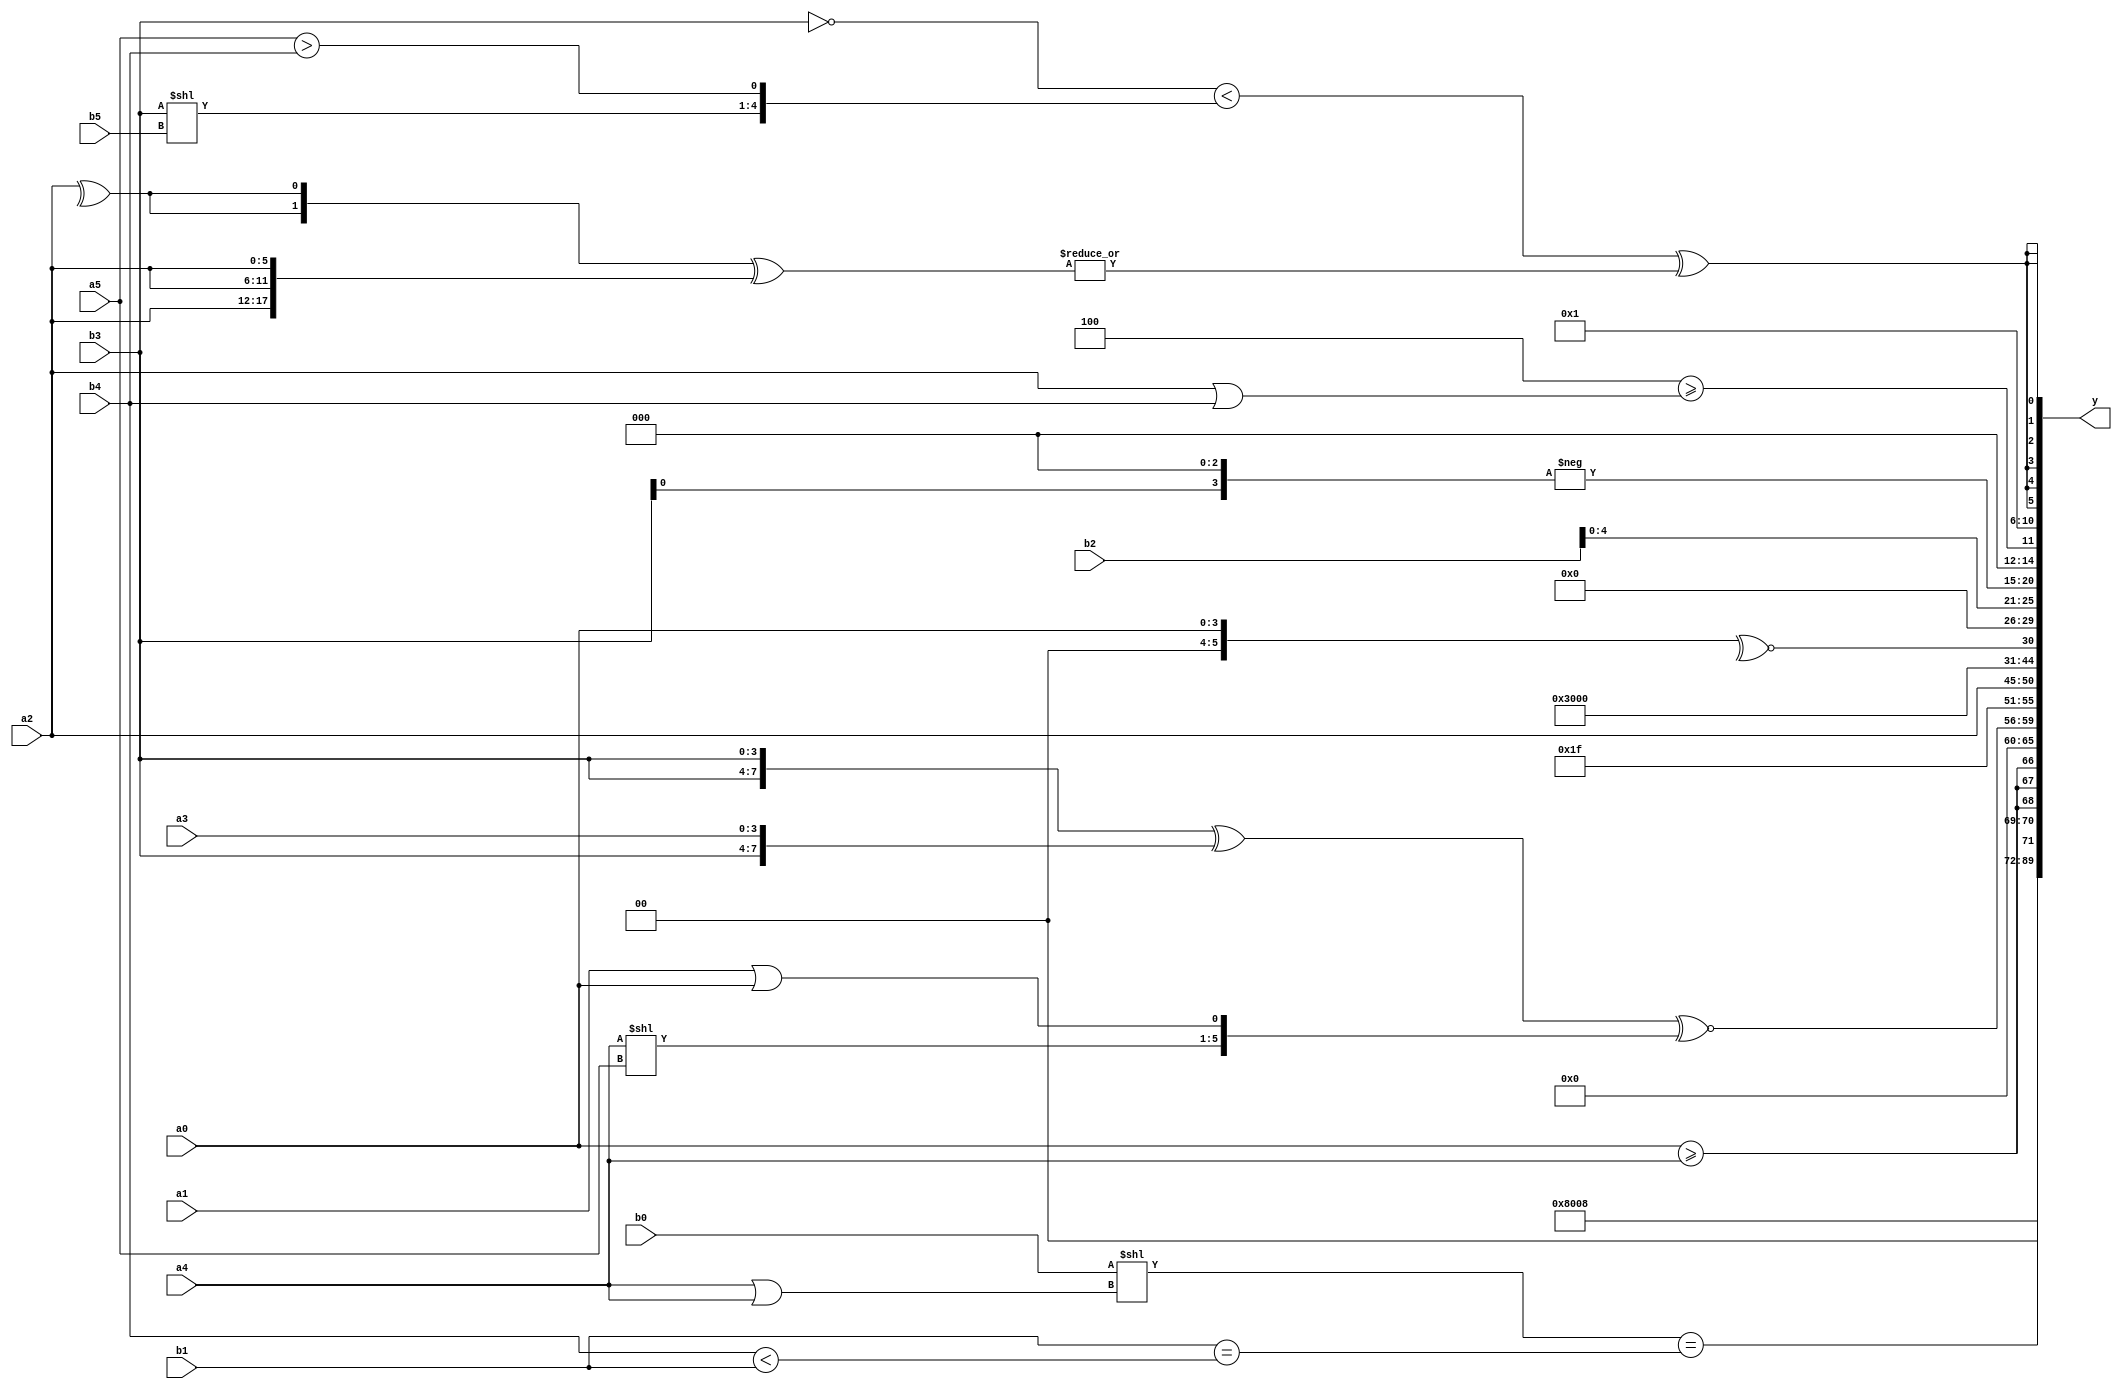
module expression_00088(a0, a1, a2, a3, a4, a5, b0, b1, b2, b3, b4, b5, y);
  input [3:0] a0;
  input [4:0] a1;
  input [5:0] a2;
  input signed [3:0] a3;
  input signed [4:0] a4;
  input signed [5:0] a5;

  input [3:0] b0;
  input [4:0] b1;
  input [5:0] b2;
  input signed [3:0] b3;
  input signed [4:0] b4;
  input signed [5:0] b5;

  wire [3:0] y0;
  wire [4:0] y1;
  wire [5:0] y2;
  wire signed [3:0] y3;
  wire signed [4:0] y4;
  wire signed [5:0] y5;
  wire [3:0] y6;
  wire [4:0] y7;
  wire [5:0] y8;
  wire signed [3:0] y9;
  wire signed [4:0] y10;
  wire signed [5:0] y11;
  wire [3:0] y12;
  wire [4:0] y13;
  wire [5:0] y14;
  wire signed [3:0] y15;
  wire signed [4:0] y16;
  wire signed [5:0] y17;

  output [89:0] y;
  assign y = {y0,y1,y2,y3,y4,y5,y6,y7,y8,y9,y10,y11,y12,y13,y14,y15,y16,y17};

  localparam [3:0] p0 = (&(-4'sd5));
  localparam [4:0] p1 = (~^(^(5'd27)));
  localparam [5:0] p2 = {((~|((2'sd1)&(-3'sd1)))<<{(3'd4),(3'sd0)}),(+{((-5'sd3)&&(3'sd0)),{(3'd5),(5'd27)},{(-3'sd3),(-5'sd4)}})};
  localparam signed [3:0] p3 = (^(-4'sd0));
  localparam signed [4:0] p4 = (((2'd2)?(2'sd0):(-3'sd0))<<<(2'd0));
  localparam signed [5:0] p5 = {((-3'sd0)|(4'sd2)),(6'd2 * (5'd24))};
  localparam [3:0] p6 = ((~^(~|(~{1{{4{(5'd20)}}}})))&&(-((^(4'sd2))^~((-2'sd1)<<<(-3'sd3)))));
  localparam [4:0] p7 = ((4'd12)>>(4'd2));
  localparam [5:0] p8 = ((4'd9)==(4'd10));
  localparam signed [3:0] p9 = (5'd30);
  localparam signed [4:0] p10 = (2'd3);
  localparam signed [5:0] p11 = (!(-((&((2'd2)+(2'd3)))!=(|((4'sd3)<(2'sd1))))));
  localparam [3:0] p12 = (5'sd11);
  localparam [4:0] p13 = {1{{{4{(5'sd12)}}}}};
  localparam [5:0] p14 = {{((2'd1)?((4'sd7)?(5'd3):(5'sd12)):((-4'sd2)?(2'd0):(-4'sd5))),{(-4'sd0),(6'd2 * (5'd18)),((3'd3)?(4'sd2):(4'd2))}}};
  localparam signed [3:0] p15 = ((-5'sd0)?(3'sd1):(-3'sd0));
  localparam signed [4:0] p16 = (|(!(~(+(~^(&((5'sd3)===(2'd2))))))));
  localparam signed [5:0] p17 = ((-2'sd0)<(-4'sd1));

  assign y0 = ((3'sd2)+{2{p5}});
  assign y1 = (&p3);
  assign y2 = (~^(4'd6));
  assign y3 = (($signed(b0)<<(a4||a4))==(($signed(b1)==(b4<b1))));
  assign y4 = ({3{(a0>=a4)}}<<<{3{{3{p17}}}});
  assign y5 = (~|{2{(^$unsigned((!(p15>>p6))))}});
  assign y6 = (({b3,b3}^{b3,a3})^~{(a4<<a5),(a1||a0)});
  assign y7 = ({p16,p4}^(p1-p14));
  assign y8 = (p11?a2:a5);
  assign y9 = {{a1,a1,b5},(p0?b5:p2)};
  assign y10 = ((~^(^((5'sd1)-(~(p13<<p15)))))+(~|(((^p3)*(!p2))>=((-2'sd0)<(-3'sd1)))));
  assign y11 = (~^(p17?p14:a0));
  assign y12 = {1{(-(p13<<p10))}};
  assign y13 = (+{4{b2}});
  assign y14 = (-{1{{3{((b3<<<p10))}}}});
  assign y15 = ((4'sd4)>=(a2|b4));
  assign y16 = ((p10?p15:p14)+(p11));
  assign y17 = $signed((((|{2{(!b3)}})<{(b3<<b5),(a5>b4)})^(^(|({2{(^a2)}}^{3{a2}})))));
endmodule